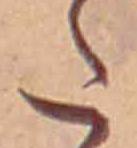
た